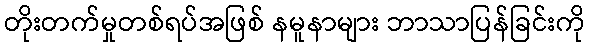
တိုးတက်မှုတစ်ရပ်အဖြစ် နမူနာများ ဘာသာပြန်ခြင်းကို